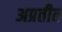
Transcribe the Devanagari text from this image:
अप्रतीत